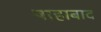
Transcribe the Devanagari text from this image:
षाहाबाद